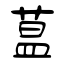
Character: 蒀